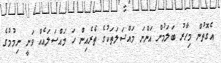
އެގޮތުން މިހާރު ބަލަމުން އަންނަ މައްސަލަތަކުގެ ތެރެއިން ހަ މައްސަލައެއް ވަނީ ނިމުމުގެ